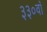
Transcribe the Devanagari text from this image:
३३०वाँ